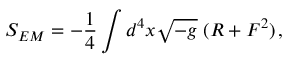
S _ { E M } = - { \frac { 1 } { 4 } } \int d ^ { 4 } x \sqrt { - g } \; ( R + F ^ { 2 } ) \, ,